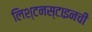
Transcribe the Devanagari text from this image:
लिश्टनस्टाइनची